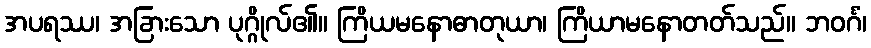
အပရဿ၊ အခြားသော ပုဂ္ဂိုလ်၏။ ကြိယမနောဓာတုယာ၊ ကြိယာမနောတတ်သည်။ ဘဝင်္ဂံ၊